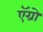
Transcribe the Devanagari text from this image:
ऍग्रो